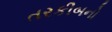
તરકીબનો